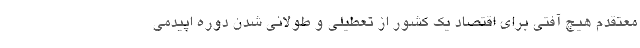
معتقدم هیچ آفتی برای اقتصاد یک کشور از تعطیلی و طولانی شدن دوره اپیدمی